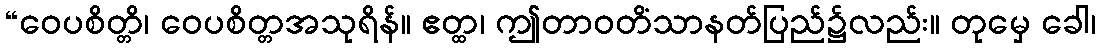
“ဝေပစိတ္တိ၊ ဝေပစိတ္တအသုရိန်။ ဧတ္ထ၊ ဤတာဝတိံသာနတ်ပြည်၌လည်း။ တုမှေ ခေါ၊